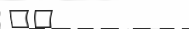
١٧